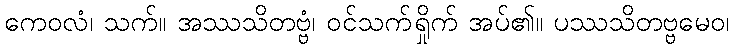
ကေဝလံ၊ သက်။ အဿသိတဗ္ဗံ၊ ဝင်သက်ရှိုက် အပ်၏။ ပဿသိတဗ္ဗမေဝ၊